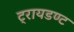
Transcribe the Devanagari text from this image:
ट्रायडण्ट